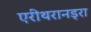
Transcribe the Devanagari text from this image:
एरीथरानड्रा